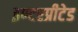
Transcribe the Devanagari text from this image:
इण्टरप्रीटेड